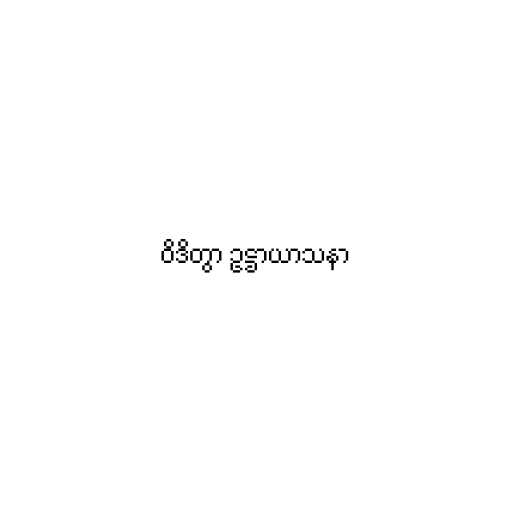
ဝိဒိတွာ ဥဋ္ဌာယာသနာ